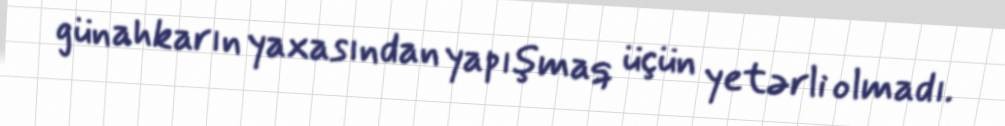
günahkarın yaxasından yapışmaq üçün yetərli olmadı.